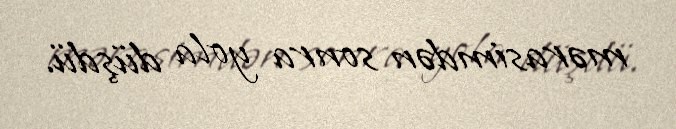
mərasimdən sonra yola düşdü.